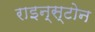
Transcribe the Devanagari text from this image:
राइन्स्टोन